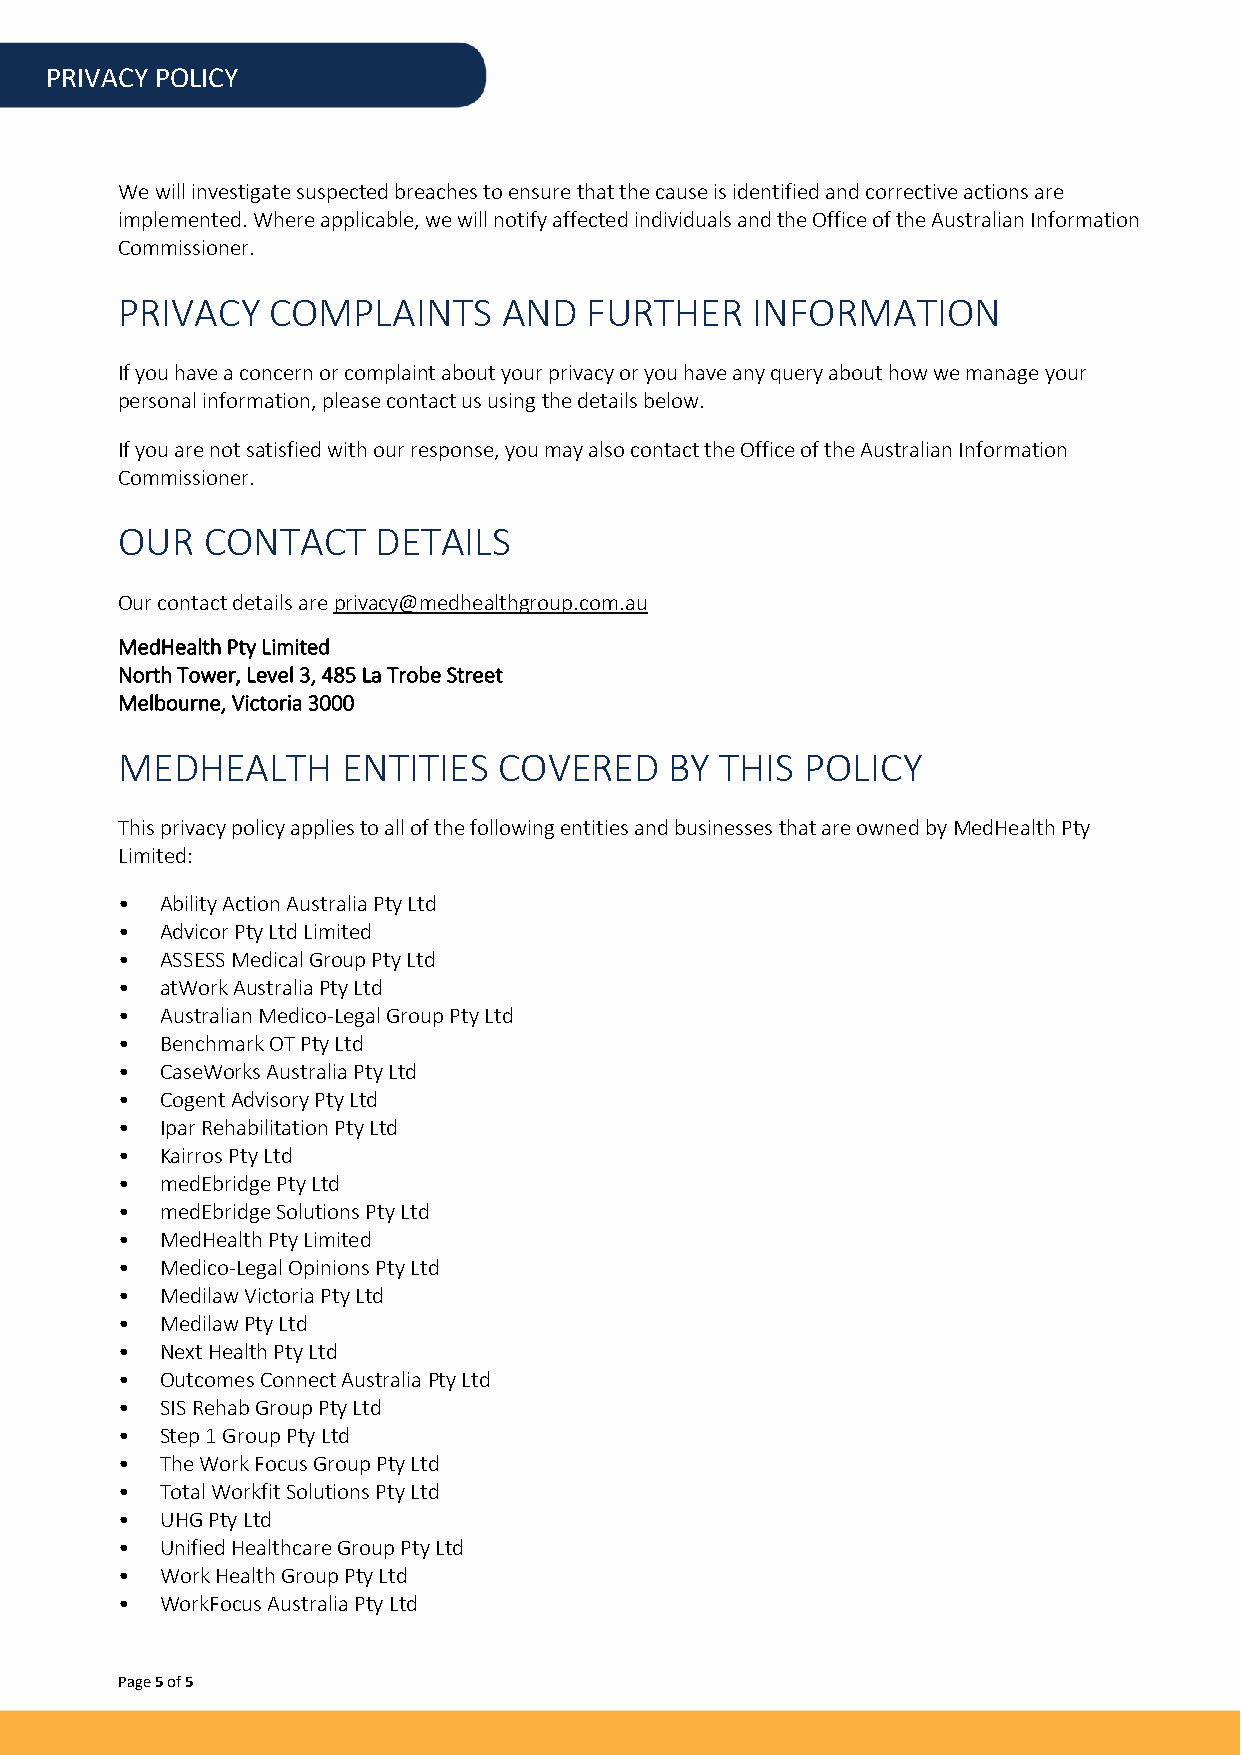
PRIVACY POLICY
 We will investigate suspected breaches to ensure that the cause is identified and corrective actions are
 implemented. Where applicable, we will notify affected individuals and the Office of the Australian Information
 Commissioner.
 PRIVACY   COMPLAINTS     AND   FURTHER    INFORMATION
 If you have a concern or complaint about your privacy or you have any query about how we manage your
 personal information, please contact us using the details below.
 If you are not satisfied with our response, you may also contact the Office of the Australian Information
 Commissioner.
 OUR  CONTACT     DETAILS
 Our contact details are privacy@medhealthgroup.com.au
 MedHealth Pty Limited
 North Tower, Level 3, 485 La Trobe Street
 Melbourne, Victoria 3000
 MEDHEALTH      ENTITIES  COVERED    BY  THIS POLICY
 This privacy policy applies to all of the following entities and businesses that are owned by MedHealth Pty
 Limited:
 •  Ability Action Australia Pty Ltd
 •  Advicor Pty Ltd Limited
 •  ASSESS Medical Group Pty Ltd
 •  atWork Australia Pty Ltd
 •  Australian Medico-Legal Group Pty Ltd
 •  Benchmark OT Pty Ltd
 •  CaseWorks Australia Pty Ltd
 •  Cogent Advisory Pty Ltd
 •  Ipar Rehabilitation Pty Ltd
 •  Kairros Pty Ltd
 •  medEbridge Pty Ltd
 •  medEbridge Solutions Pty Ltd
 •  MedHealth Pty Limited
 •  Medico-Legal Opinions Pty Ltd
 •  Medilaw Victoria Pty Ltd
 •  Medilaw Pty Ltd
 •  Next Health Pty Ltd
 •  Outcomes Connect Australia Pty Ltd
 •  SIS Rehab Group Pty Ltd
 •  Step 1 Group Pty Ltd
 •  The Work Focus Group Pty Ltd
 •  Total Workfit Solutions Pty Ltd
 •  UHG Pty Ltd
 •  Unified Healthcare Group Pty Ltd
 •  Work Health Group Pty Ltd
 •  WorkFocus Australia Pty Ltd
 Page 5 of 5